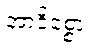
အာဒိစ္စော